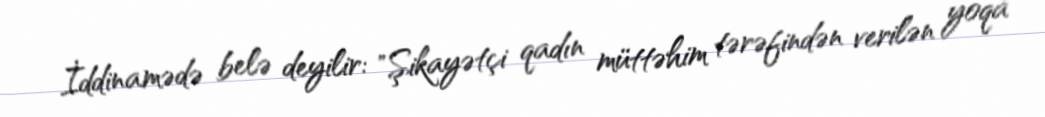
İddinamədə belə deyilir: "Şikayətçi qadın müttəhim tərəfindən verilən yoqa